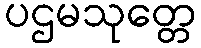
ပဌမသုတ္တေ